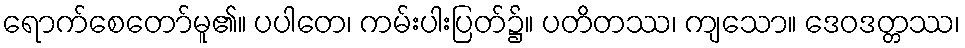
ရောက်စေတော်မူ၏။ ပပါတေ၊ ကမ်းပါးပြတ်၌။ ပတိတဿ၊ ကျသော။ ဒေဝဒတ္တဿ၊